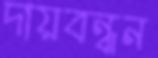
দায়বন্ধন